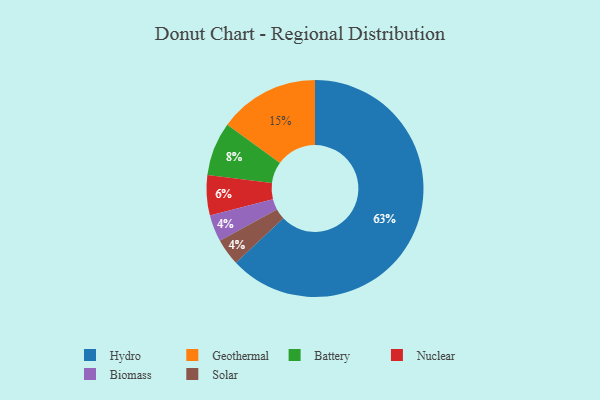
{"axis": {"x": "Category", "y": "Percentage"}, "legend": ["Battery", "Biomass", "Geothermal", "Hydro", "Nuclear", "Solar"], "data": [{"x": "Geothermal", "y": 15, "type": "Geothermal"}, {"x": "Hydro", "y": 63, "type": "Hydro"}, {"x": "Nuclear", "y": 6, "type": "Nuclear"}, {"x": "Biomass", "y": 4, "type": "Biomass"}, {"x": "Battery", "y": 8, "type": "Battery"}, {"x": "Solar", "y": 4, "type": "Solar"}]}